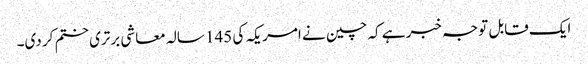
ایک قابل توجہ خبر ہے کہ چین نے امریکہ کی 145 سالہ معاشی برتری ختم کر دی۔